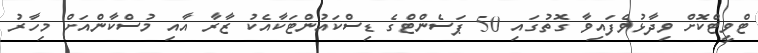
ޓްވީޓްކޮށް ވިދާޅުވެފައިވާ ގޮތުގައި 50 ޕަސެންޓްގެ ޑިސްކައުންޓަކާއެކު ޒާރާ އާއި މުސްކާންއަށް މިހާރު